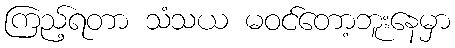
ကြည့်ရတာ သံသယ မဝင်တော့ဘူးနေမှာ